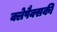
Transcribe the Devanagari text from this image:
क्लेपैक्सकी